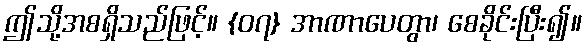
ဤသို့အစရှိသည်ဖြင့်။ {၀၇} အာဏာပေတွာ၊ စေခိုင်းပြီး၍။